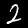
Digit: 2